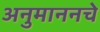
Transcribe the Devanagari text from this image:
अनुमाननचे